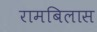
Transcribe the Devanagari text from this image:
रामबिलास